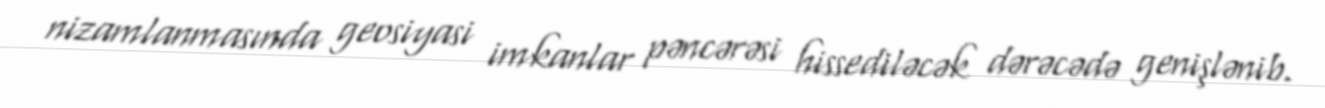
nizamlanmasında geosiyasi imkanlar pəncərəsi hissediləcək dərəcədə genişlənib.